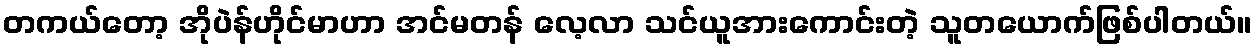
တကယ်တော့ အိုပဲန်ဟိုင်မာဟာ အင်မတန် လေ့လာ သင်ယူအားကောင်းတဲ့ သူတယောက်ဖြစ်ပါတယ်။